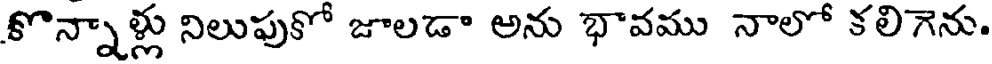
కొన్నాళ్లు నిలుపుకో జాలడా అను భావము నాలో కలిగెను.